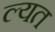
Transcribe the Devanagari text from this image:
ल्यत